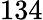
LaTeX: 134